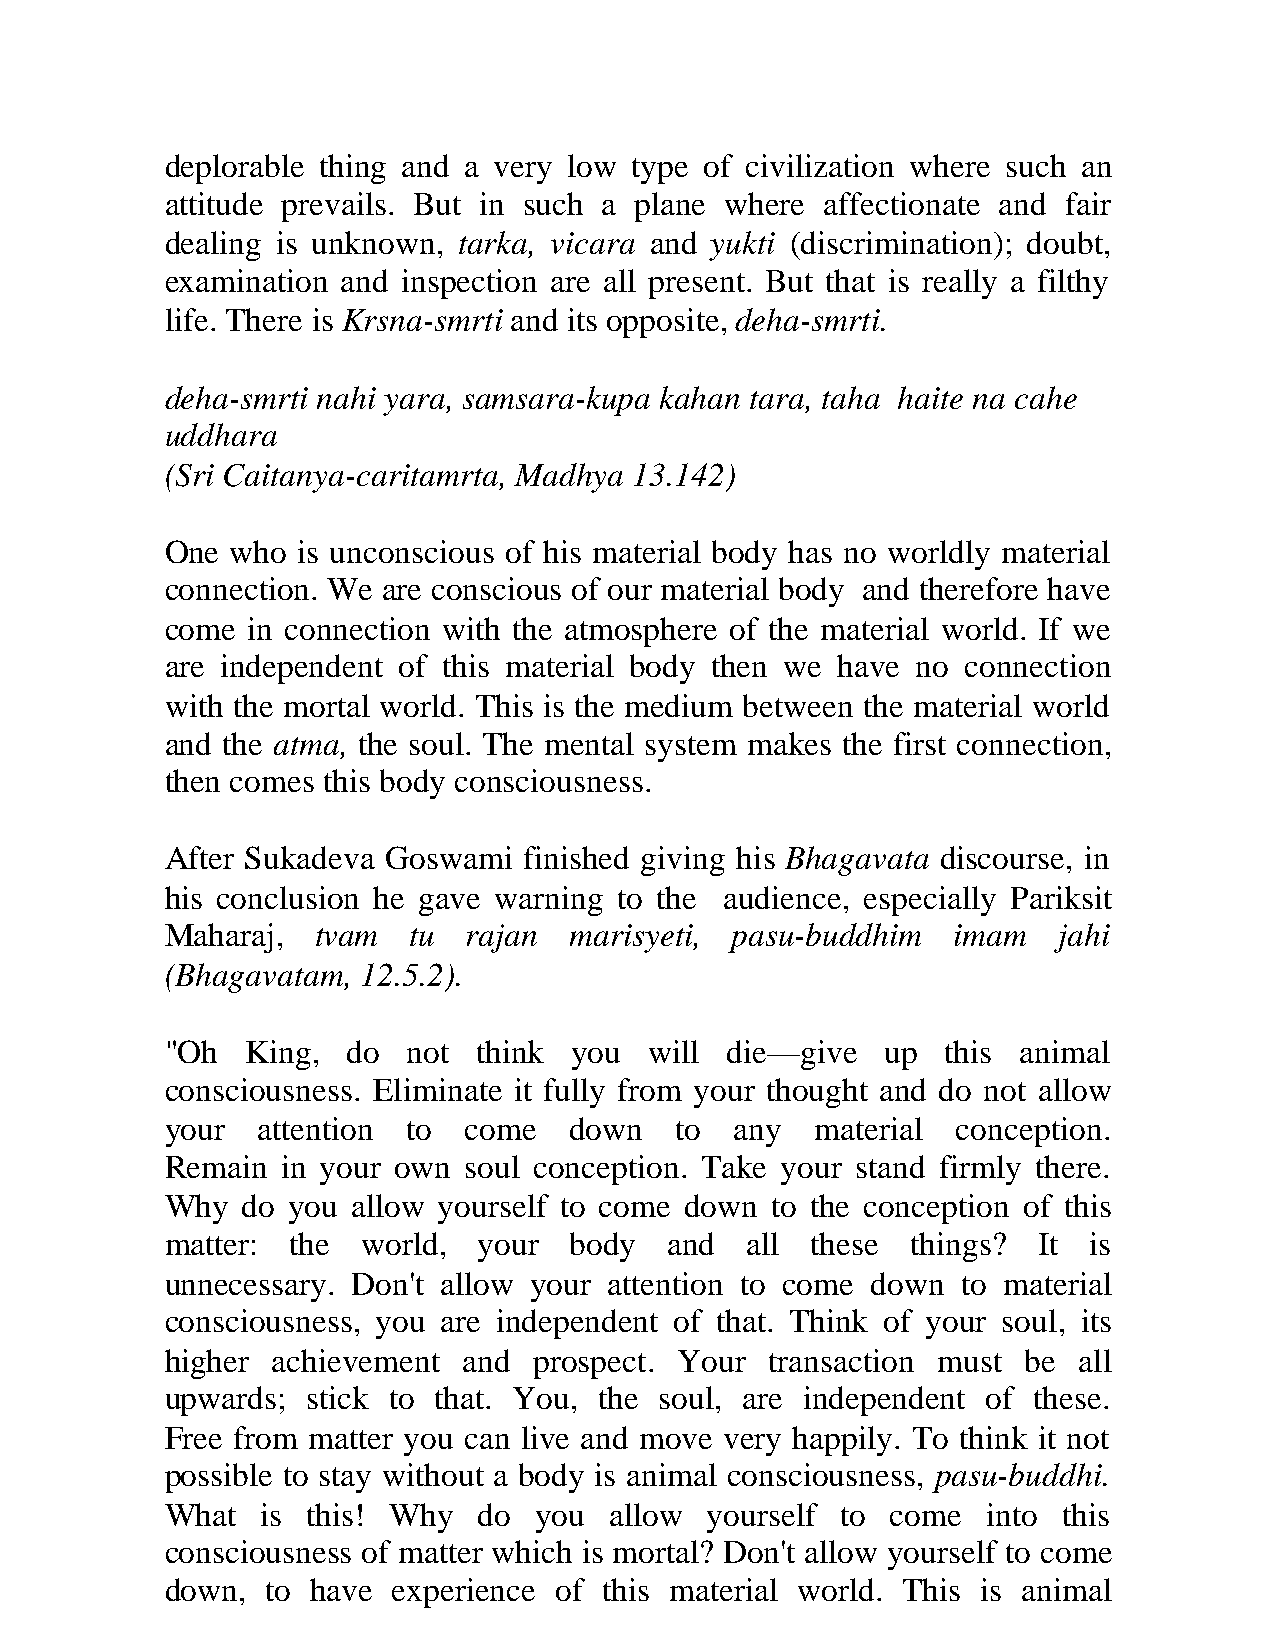
deplorable thing and a very low type of civilization where such an
 attitude prevails. But in such a plane where affectionate and fair
 dealing is unknown, tarka, vicara and yukti (discrimination); doubt,
 examination and inspection are all present. But that is really a filthy
 life. There is Krsna-smrti and its opposite, deha-smrti.
 deha-smrti nahi yara, samsara-kupa kahan tara, taha haite na cahe
 uddhara
 (Sri Caitanya-caritamrta, Madhya 13.142)
 One who  is unconscious of his material body has no worldly material
 connection. We are conscious of our material body and therefore have
 come in connection with the atmosphere of the material world. If we
 are independent of this material body then we have no connection
 with the mortal world. This is the medium between the material world
 and the atma, the soul. The mental system makes the first connection,
 then comes this body consciousness.
 After Sukadeva Goswami  finished giving his Bhagavata discourse, in
 his conclusion he gave warning to the audience, especially Pariksit
 Maharaj,  tvam  tu  rajan  marisyeti, pasu-buddhim  imam   jahi
 (Bhagavatam, 12.5.2).
 "Oh  King,  do  not  think you  will die—give   up  this animal
 consciousness. Eliminate it fully from your thought and do not allow
 your  attention to  come   down   to  any  material conception.
 Remain  in your own soul conception. Take your stand firmly there.
 Why  do you allow yourself to come down to the conception of this
 matter: the  world,  your  body  and  all  these things?  It is
 unnecessary. Don't allow your attention to come down to material
 consciousness, you are independent of that. Think of your soul, its
 higher achievement  and prospect. Your  transaction must be all
 upwards; stick to that. You, the soul, are independent of these.
 Free from matter you can live and move very happily. To think it not
 possible to stay without a body is animal consciousness, pasu-buddhi.
 What  is this! Why   do you  allow  yourself to come  into this
 consciousness of matter which is mortal? Don't allow yourself to come
 down,  to have experience of this material world. This is animal